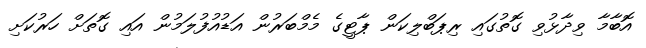
އޮބާމާ ވިދާޅުވި ގޮތުގައި ރިޕަބްލިކަން ޕާޓީގެ މެމްބަރުން އަޑުއުފުލަމުން އައި ގޮތަށް ހަރުކަށި